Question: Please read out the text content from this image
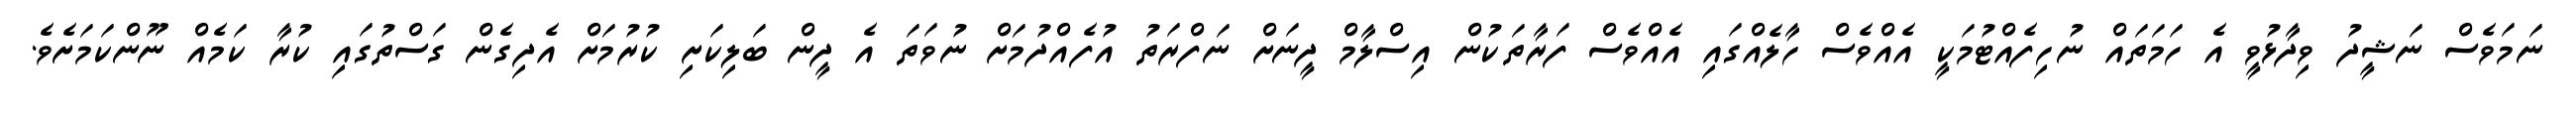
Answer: ނަމަވެސް ނަޝީދު ވިދާޅުވީ އެ ހަމަތައް ނުހިފެއްޓުމަކީ އެއްވެސް ހާލެއްގައި އެއްވެސް ފަރާތަކުން އިސްލާމް ދީނަށް ނަފްރަތު އުފެއްދުމަށް ނުވަތަ އެ ދީން ބަލިކަށި ކުރުމަށް އެދިގެން ގަސްތުގައި ކުރާ ކަމެއް ނޫންކަމަށެވެ.